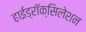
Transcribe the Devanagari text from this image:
हाईड्रॉक्सिलेशन